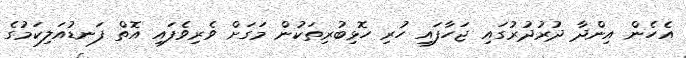
އެހެން އިންދާ ދުރުދުރުގައި ޖަހާފައި ހުރި ހޮޅިބުރިތަކުން މަގަށް ވެރިވެފައި އޮތް ފަނޑުއަލިކަމުގެ